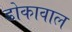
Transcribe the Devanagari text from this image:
डोकावाल